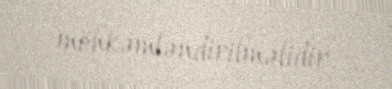
möhkəmləndirilməlidir.